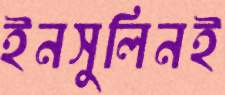
ইনসুলিনই